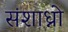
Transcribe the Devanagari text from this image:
संशाध्नो